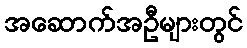
အဆောက်အဦများတွင်